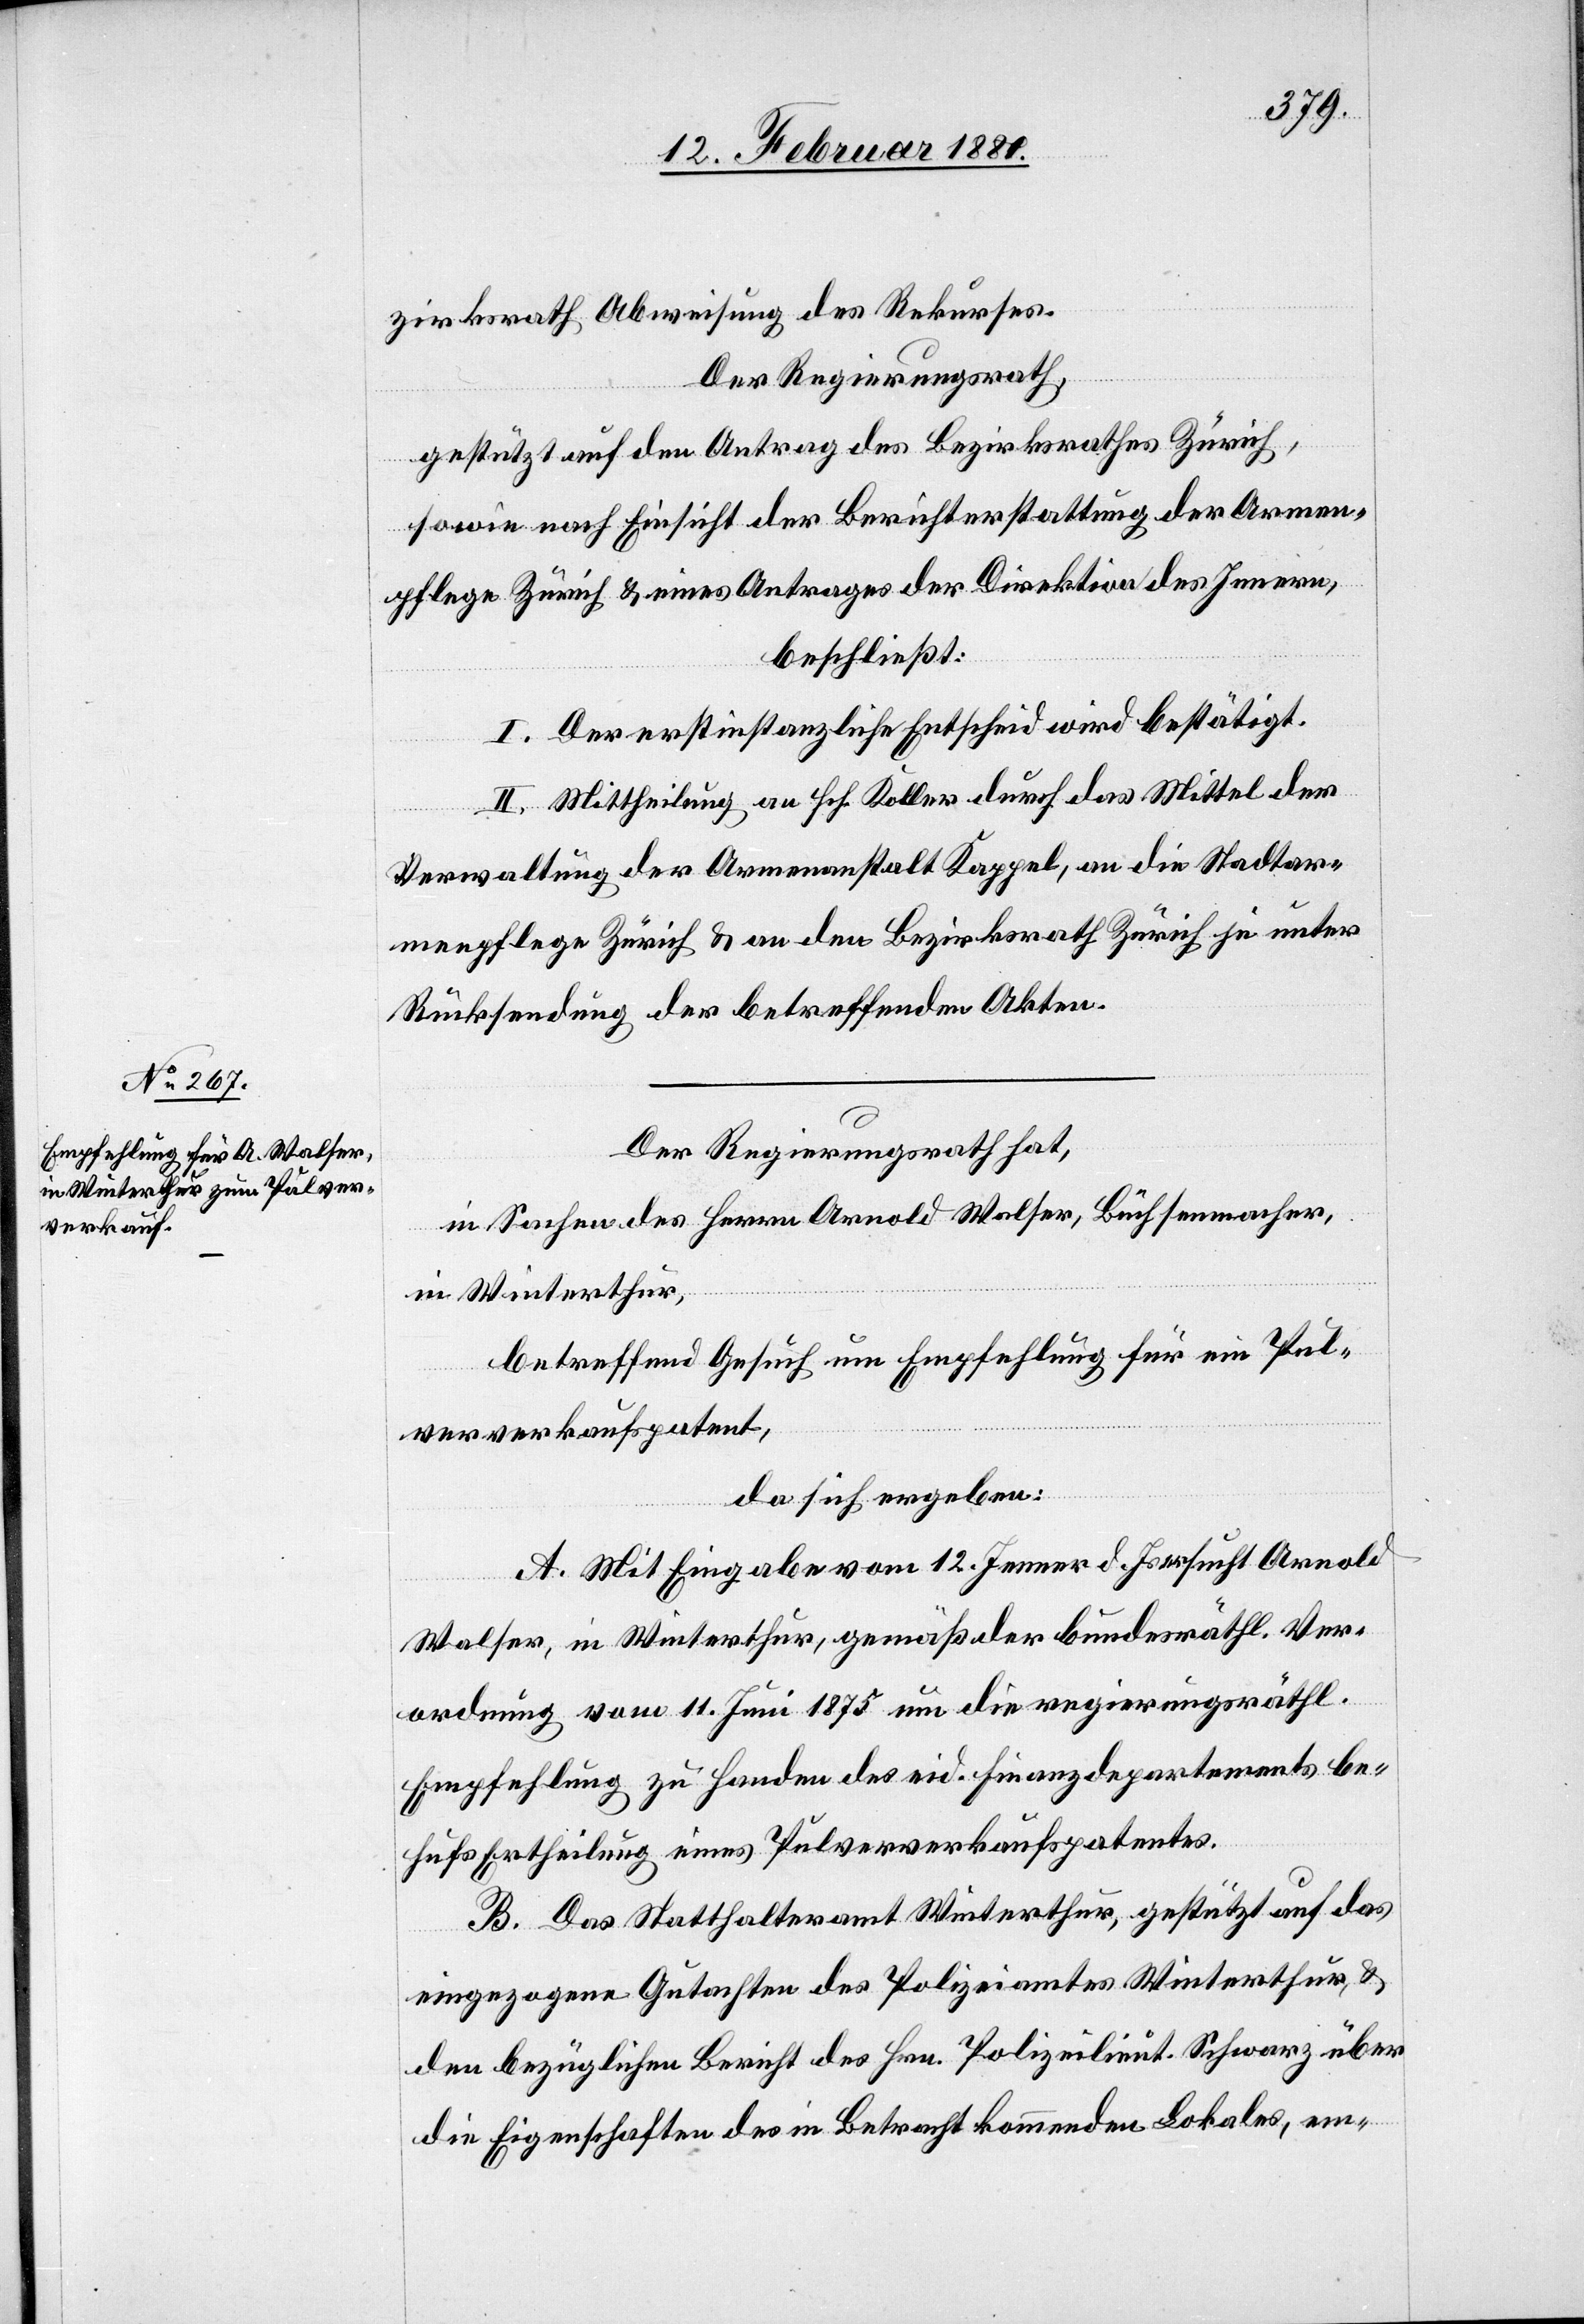
zirksrath Abweisung des Rekurses.
Der Regierungsrath,
gestützt auf den Antrag des Bezirksrathes Zürich,
sowie nach Einsicht der Berichterstattung der Armen¬
pflege Zürich & eines Antrages der Direktion des Innern,
beschließt:
I. Der erstinstanzliche Entscheid wird bestätigt.
II. Mittheilung an Hch. Koller durch das Mittel der
Verwaltung der Armenanstalt Kappel, an die Stadtar¬
menpflege Zürich & an den Bezirksrath Zürich je unter
Rücksendung der betreffenden Akten.
Der Regierungsrath hat,
in Sachen des Herrn Arnold Walser, Büchsenmacher,
in Winterthur,
betreffend Gesuch um Empfehlung für ein Pul¬
ververkaufspatent,
hat sich ergeben:
A. Mit Eingabe vom 12. Jenner d. Js. ersucht Arnold
Walser, in Winterthur, gemäß der bundesräthl.
Empfehlung zu Handen des eid. Finanzdepartementes be¬
hufs Ertheilung eines Pulververkaufspatentes.
B. Das Statthalteramt Winterthur, gestützt auf das
eingezogene Gutachten des Polizeiamtes Winterthur, &
den bezüglichen Bericht des Hrn. Polizeilieut. Schwarz über
die Eigenschaften des in Betracht kommenden Lokales, em-